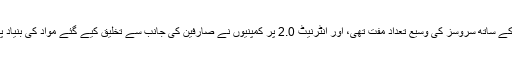
ہم نے سوچا کہ انٹرنیٹ 1.0 کے ساتھ سروسز کی وسیع تعداد مفت تھی، اور انٹرنیٹ 2.0 پر کمپنیوں نے صارفین کی جانب سے تخلیق کیے گئے مواد کی بنیاد پر باقاعدہ پیسہ بنانا شروع کیا۔